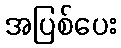
အပြစ်ပေး